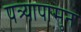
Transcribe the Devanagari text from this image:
पत्र्यापासुन